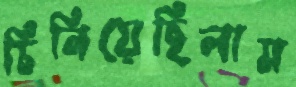
চিনিয়েছিলাম